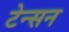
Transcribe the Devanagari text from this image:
टेन्सन